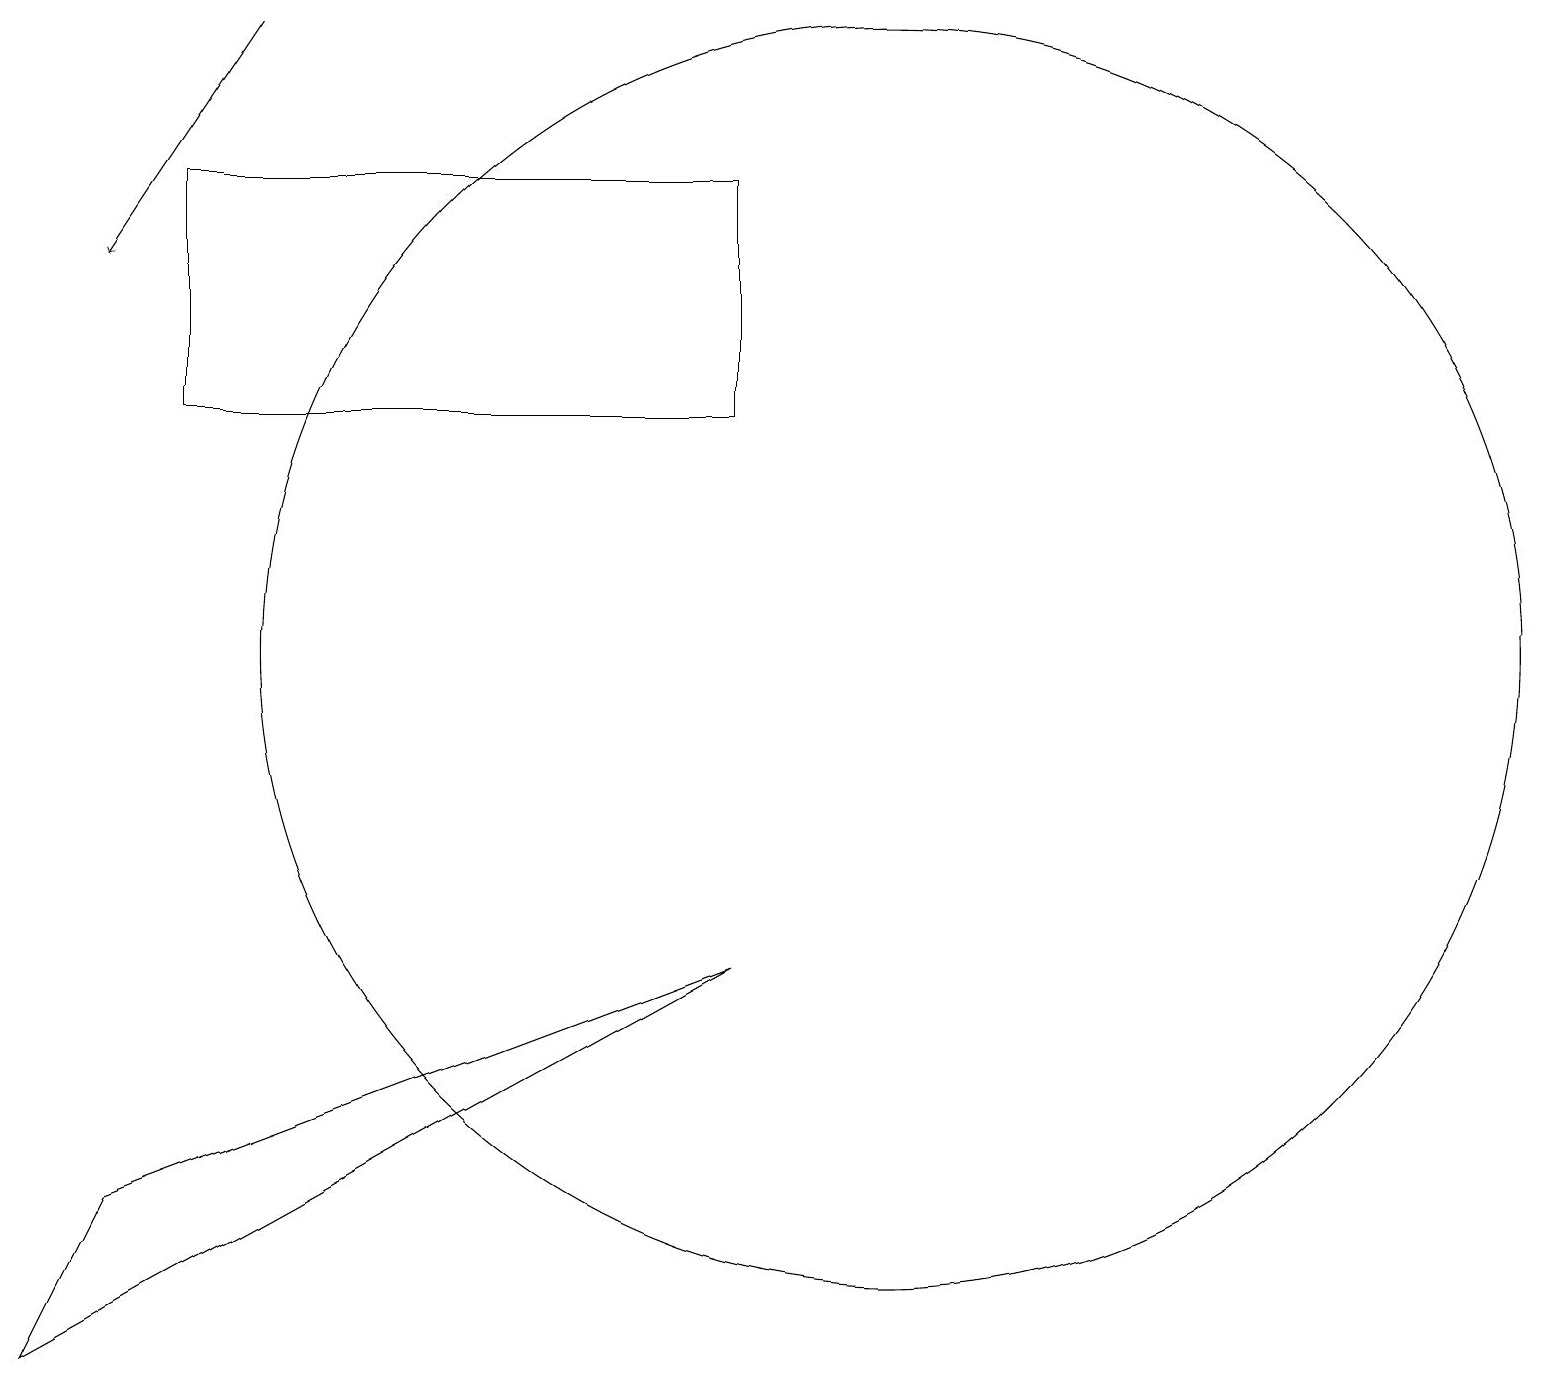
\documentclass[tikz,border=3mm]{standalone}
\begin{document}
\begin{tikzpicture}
\draw (0,1) -- (9,6) -- (1,3) -- cycle;
\draw (2,13) rectangle (9,16);
\draw (11,10) circle (8);
\draw[->] (3,18) -- (1,15);
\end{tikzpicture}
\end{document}